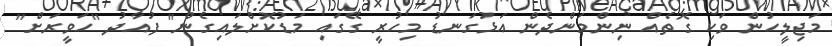
މަޖިލީހުން ވަކި ގޮތެއް ނިންމަންދެން އަޅުގަނޑު މިހުރީ ގޭގައި މަޑުކޮށްލައިގެން" ފުއާދު "ހަވީރަށް"